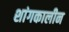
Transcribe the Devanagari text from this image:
शांगकालीन